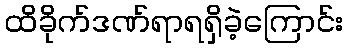
ထိခိုက်ဒဏ်ရာရရှိခဲ့ကြောင်း